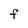
Character: F